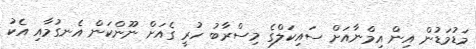
މަޑުމަޑުން އިން އިމްނާއަށް ސައިކަލްގެ މިސްރާބު ހުރީ ގެއަށް ނޫންކަން އެނގުމާއި އެކު